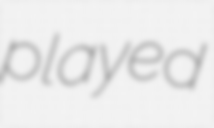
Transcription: played